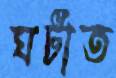
ঘটাত